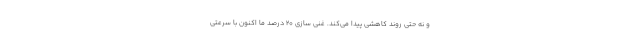
و نه حتی روند کاهشی پیدا می‌کند. غنی سازی ۲۰ درصد ما اکنون با سرعتی